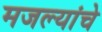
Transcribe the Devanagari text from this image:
मजल्यांचे